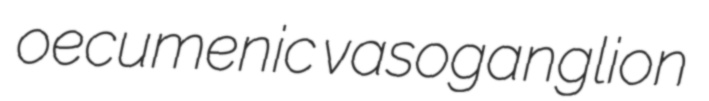
oecumenic vasoganglion